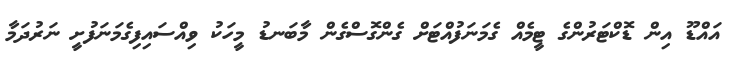
އައްޑޫ އިން ޑޮކްޓަރުންގެ ޓީމެއް ގެމަނަފުއްޓަށް ގެންގޮސްގެން މާބަނޑު މީހަކު ވިއްސައިފިގެމަނަފުށީ ނަރުދަމާ